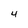
Character: 4